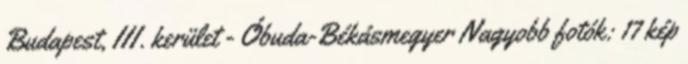
Budapest, III. kerület - Óbuda-Békásmegyer Nagyobb fotók: 17 kép